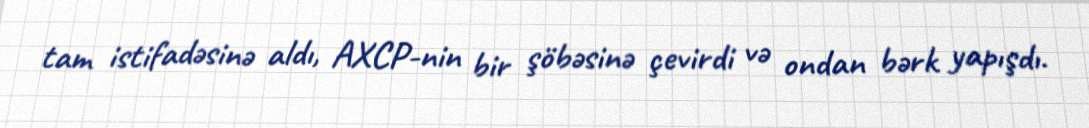
tam istifadəsinə aldı, AXCP-nin bir şöbəsinə çevirdi və ondan bərk yapışdı.